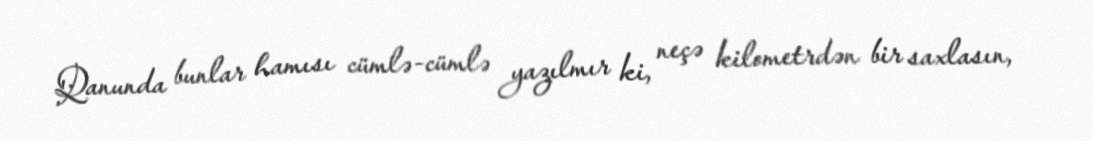
Qanunda bunlar hamısı cümlə-cümlə yazılmır ki, neçə kilometrdən bir saxlasın,